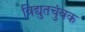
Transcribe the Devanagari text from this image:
विद्युतचुंबक